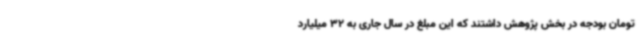
تومان بودجه در بخش پژوهش داشتند که این مبلغ در سال جاری به 32 میلیارد